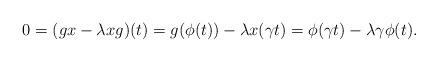
LaTeX: \begin{align*}0 = (gx-\lambda xg)(t) = g(\phi(t))-\lambda x(\gamma t) = \phi(\gamma t) - \lambda \gamma \phi(t).\end{align*}